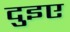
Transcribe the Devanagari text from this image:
दुइए